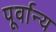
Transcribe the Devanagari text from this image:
पूर्वान्य